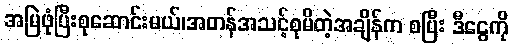
အမြဲဖုံပြီးစုဆောင်းမယ်၊အတန်အသင့်စုမိတဲ့အချိန်က စပြီး ဒီငွေကို